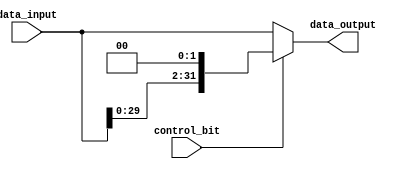
module my_2bit_leftshifter(data_input, control_bit, data_output);

	input [31:0] data_input;
	input control_bit;
	
	wire [31:0] shifted;
	
	output [31:0] data_output;
	
	
	genvar k;
	generate
	for(k = 31; k > 1; k = k-1) begin: my2ShiftLoop
		assign shifted[k] = data_input[k-2];
    end
	endgenerate
    
    genvar j;
	generate
	for(j = 1; j >= 0; j = j-1) begin: my2ShiftLoop2
		assign shifted[j] = 1'b0;
    end
	endgenerate
	
	assign data_output = control_bit ? shifted : data_input;
	
	
	
endmodule